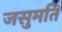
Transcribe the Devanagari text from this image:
जसुमति